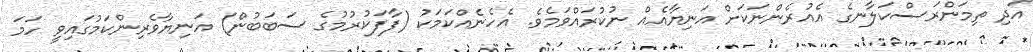
އަދި ތިމަންރަސްކަލާނގެ އެއުރެންނަކަށް އަނިޔާއެއް ނުކުރައްވަމެވެ. އެހެނެއްކަމަކު (ފާފަކުރުމުގެ ސަބަބުން) އަނިޔާވެރިންކަމުގައިވީ ހަމަ